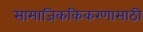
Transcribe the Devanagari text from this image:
सामाजिककिकरणासाठी